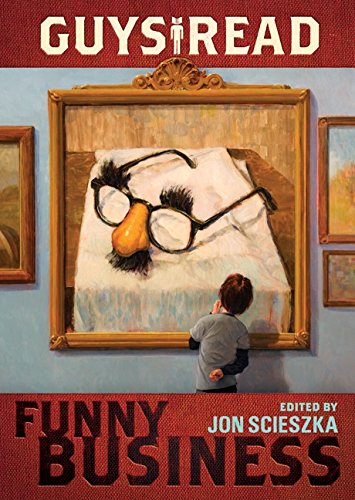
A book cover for Guys Read: Funny Business; Jon Scieszka; Children's Books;